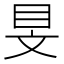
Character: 𥄐